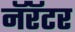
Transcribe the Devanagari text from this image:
नॅरॅटर